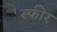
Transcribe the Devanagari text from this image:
स्फीर